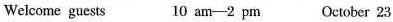
Welcome guests 10 am-2 pm October 23